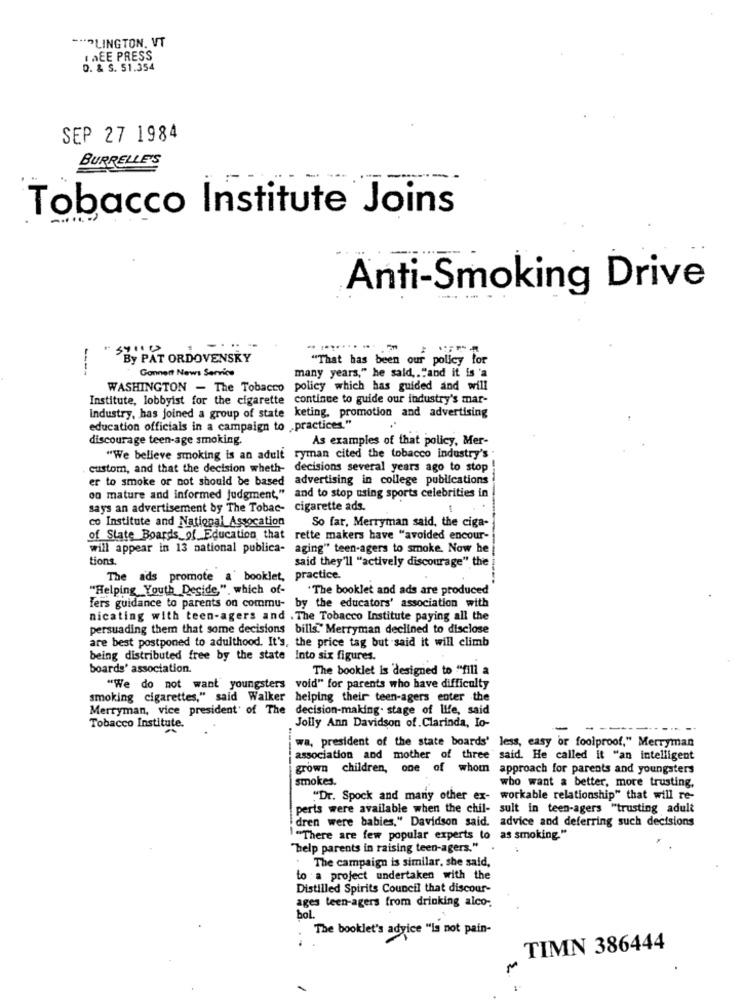
-*** LINGTON. VT
I AEE PRESS
D. & S. 51.354
SEP 27 1984
BURRELLE'S
Tobacco Institute Joins
Anti-Smoking Drive
.-
..........-
By PAT ORDOVENSKY
"That has been our policy for
---
Gonnent News Service
many years," he said ,. ""and it is 'a
WASHINGTON - The Tobacco
policy which has guided and will
Institute, lobbyist for the cigarette
continue to guide our industry's mar-
Industry, has joined a group of state keting, promotion and advertising
education officials in a campaign to practices."
discourage teen-age smoking.
As examples of that policy, Mer-
"We believe smoking is an adult
ryman cited the tobacco industry's
custom, and that the decision wheth- decisions several years ago to stop
er to smoke or not should be based advertising in college publications
on mature and informed judgment," and to stop using sports celebrities in
says an advertisement by The Tobac- cigarette ads.
co Institute and National Assocation
So far, Merryman said, the ciga-
of State Boards_of Education, that rette makers have "avoided encour-
will appear in 13 national publica- aging" teen-agers to smoke. Now he
tions.
said they'll "actively discourage" the
The ads promote a' booklet, practice.
"Helping Youth Decide,", which of-
.The booklet and ads are produced
fers guidance to parents on commu- by the educators' association with
nicating with teen-agers and . The Tobacco Institute paying all the
persuading them that some decisions bills." Merryman declined to disclose
are best postponed to adulthood. It's, the price tag but said it will climb
being distributed free by the state Into six figures.
boards' association.
The booklet is designed to "fill a
"We do not want youngsters void" for parents who have difficulty
smoking cigarettes," said Walker helping their teen-agers enter the
Merryman, vice president of The decision-making- stage of life, said
Tobacco Institute.
Jolly Ann Davidson of. Clarinda, Io-
wa, president of the state boards' less, easy or foolproof," Merryman
association and mother of three said. He called it "an intelligent
grown children,
one of whom approach for parents and youngsters
smokes.
who want a better, more trusting.
"Dr. Spock and many other ex- workable relationship" that will re-
perts were available when the chil- sult in teen-agers "trusting adult
dren were babies," Davidson said. advice and deferring such decisions
"There are few popular experts to as smoking."
"help parents in raising teen-agers." .
The campaign is similar, she said,
to a project undertaken with the
Distilled Spirits Council that discour-
ages teen-agers from drinking alco-
bol.
The booklet's advice "is not pain-
TIMN 386444